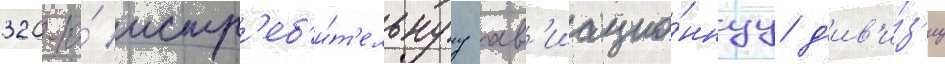
320-ю́ истр'еб'и́т'ельнуу ав'иацио́ннуу д'ив'и́з'иу